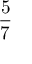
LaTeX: \frac { 5 } { 7 }